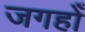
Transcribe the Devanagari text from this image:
जगहोँ